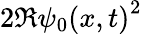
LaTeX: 2\Re{\psi_{0}(x,t)}^{2}